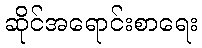
ဆိုင်အရောင်းစာရေး